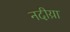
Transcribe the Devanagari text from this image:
नदीय़ा